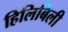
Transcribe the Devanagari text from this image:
हिलिबिली